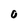
Character: 0